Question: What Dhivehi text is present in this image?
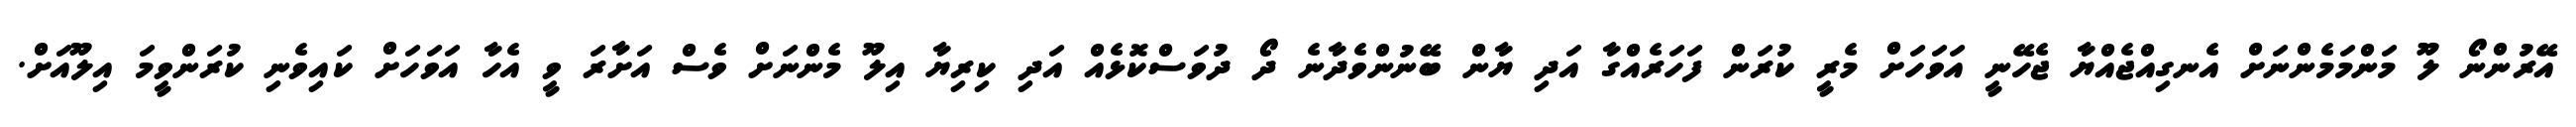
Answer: އޭރުންނޯ ލޫ މަންމަމެންނަށް އެނގިއްޖެއްޔާ ޖެހޭނީ އަވަހަށް މެރީ ކުރަން ފަހަރެއްގާ އަދި ޔާން ބޭނުންވެދާނެ ދޯ ދުވަސްކޮޅެއް އަދި ކިރިޔާ އިލޫ މެންނަށް ވެސް އަށާރަ ވީ އެހާ އަވަހަށް ކައިވެނި ކުރަންވީމަ އިލޫއަށް.